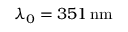
\lambda _ { 0 } = 3 5 1 \, \mathrm { n m }